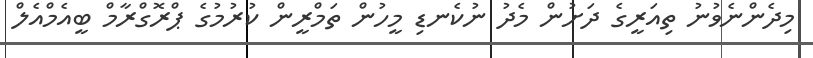
މިދެންނެވުނު ތިއަރީގެ ދަށުން މެދު ނުކެނޑި މީހުން ތަމްރީން ކުރުމުގެ ޕްރޮގްރާމް ބީއެމްއެލް